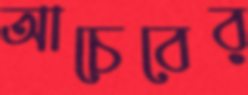
আচেবের